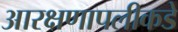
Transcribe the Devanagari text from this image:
आरक्षणापलीकडे